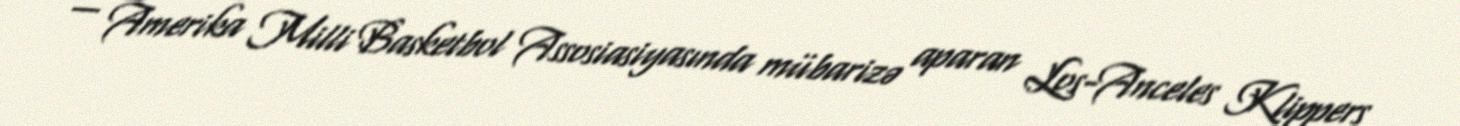
— Amerika Milli Basketbol Assosiasiyasında mübarizə aparan Los-Anceles Klippers